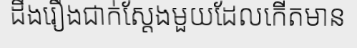
ដឹងរឿងជាក់ស្តែងមួយដែលកើតមាន